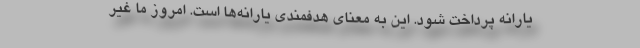
یارانه پرداخت شود. این به معنای هدفمندی یارانه‌ها است. امروز ما غیر